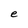
Character: e